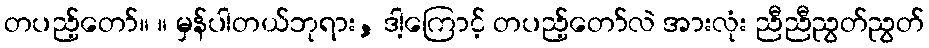
တပည့်တော်။ ။ မှန်ပါတယ်ဘုရား, ဒါ့ကြောင့် တပည့်တော်လဲ အားလုံး ညီညီညွတ်ညွတ်